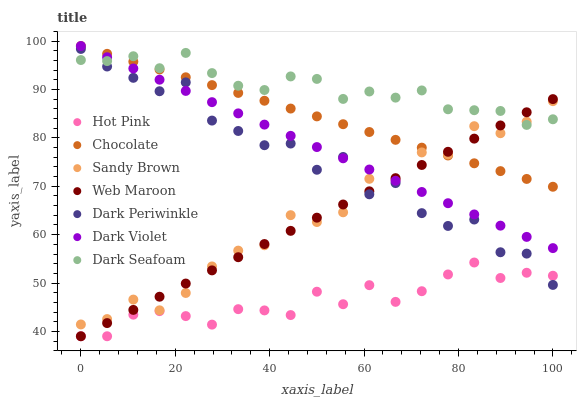
| xaxis_label | Hot Pink | Chocolate | Sandy Brown | Web Maroon | Dark Periwinkle | Dark Violet | Dark Seafoam |
 | --- | --- | --- | --- | --- | --- | --- | --- |
 | 0 | 39 | 99 | 41.4 | 39 | 98.4 | 99 | 96.1 |
 | 5.56 | 39 | 97.4 | 42.6 | 41.7 | 94.8 | 96.7 | 95.9 |
 | 11.1 | 43.5 | 95.8 | 46.6 | 44.4 | 92.4 | 94.4 | 96.9 |
 | 16.7 | 44.2 | 94.2 | 44.4 | 47.2 | 89.7 | 92 | 94.4 |
 | 22.2 | 43.2 | 92.5 | 47.9 | 49.9 | 91.5 | 89.7 | 97.6 |
 | 27.8 | 41.4 | 90.9 | 53.4 | 52.6 | 83.6 | 87.4 | 93.4 |
 | 33.3 | 44.6 | 89.3 | 56.7 | 55.3 | 81.4 | 85.1 | 90.8 |
 | 38.9 | 44.3 | 87.7 | 57.8 | 58.1 | 78.5 | 82.8 | 89.9 |
 | 44.4 | 43.4 | 86.1 | 64 | 60.8 | 78.8 | 80.4 | 92.7 |
 | 50 | 48.2 | 84.5 | 62.6 | 63.5 | 73.4 | 78.1 | 92.2 |
 | 55.6 | 45.6 | 82.8 | 64.6 | 66.2 | 76.1 | 75.8 | 88.1 |
 | 61.1 | 49.6 | 81.2 | 71.5 | 69 | 68.3 | 73.5 | 89.6 |
 | 66.7 | 46.1 | 79.6 | 71.3 | 71.7 | 70.7 | 71.1 | 88.3 |
 | 72.2 | 48.3 | 78 | 77 | 74.4 | 64.5 | 68.8 | 89.8 |
 | 77.8 | 51.8 | 76.4 | 76.6 | 77.1 | 61.8 | 66.5 | 85.9 |
 | 83.3 | 54.2 | 74.8 | 82.4 | 79.9 | 63.1 | 64.2 | 85.7 |
 | 88.9 | 51 | 73.1 | 81 | 82.6 | 56.4 | 61.9 | 85.6 |
 | 94.4 | 52.1 | 71.5 | 83.4 | 85.3 | 56.1 | 59.5 | 82.7 |
 | 100 | 51.5 | 69.9 | 87.6 | 88 | 49.6 | 57.2 | 83.9 |